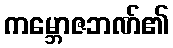
ကမ္ဘောဇဘဏ်၏